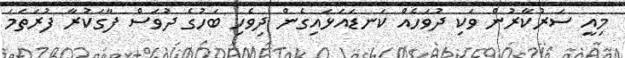
މިއީ ސަރުކާރުން ވަކި ދުވަހެއް ކަނޑައަޅައިގެން ދިވެހި ބަހުގެ ދުވަސް ފާގަކުރާ ފުރަތަމަ